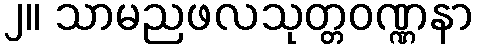
၂။ သာမညဖလသုတ္တဝဏ္ဏနာ